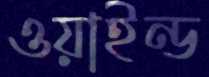
ওয়াইন্ড